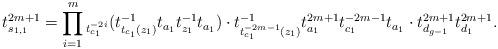
LaTeX: \begin{align*}t_{s_{1,1}}^{2m+1} = \prod_{i=1}^{m} {}_{t_{c_1}^{-2i}} (t_{t_{c_1}(z_1)}^{-1} t_{a_1} t_{z_1}^{-1} t_{a_1}) \cdot t_{t_{c_1}^{-2m-1}(z_1)}^{-1} t_{a_1}^{2m+1} t_{c_1}^{-2m-1} t_{a_1} \cdot t_{d_{g-1}}^{2m+1} t_{d_1}^{2m+1}. \end{align*}